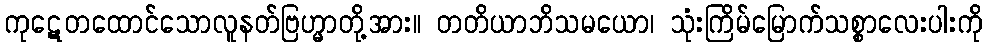
ကုဋေတထောင်သောလူနတ်ဗြဟ္မာတို့အား။ တတိယာဘိသမယော၊ သုံးကြိမ်မြောက်သစ္စာလေးပါးကို